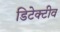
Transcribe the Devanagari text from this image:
डिटेक्टीव